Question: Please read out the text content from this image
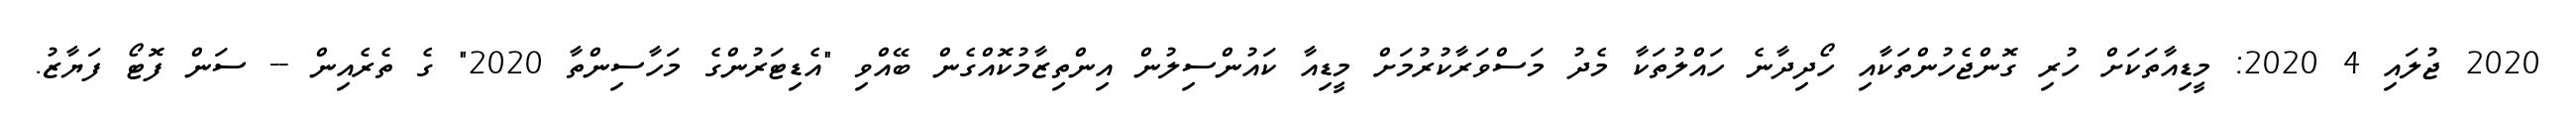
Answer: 2020 ޖުލައި 4 2020: މީޑިއާތަކަށް ހުރި ގޮންޖެހުންތަކާއި ހޯދިދާނެ ހައްލުތަކާ މެދު މަސްވަރާކުރުމަށް މީޑިއާ ކައުންސިލުން އިންތިޒާމުކޮއްގެން ބޭއްވި "އެޑިޓަރުންގެ މަހާސިންތާ 2020" ގެ ތެރެއިން -- ސަން ފޮޓޯ ފަޔާޒު.